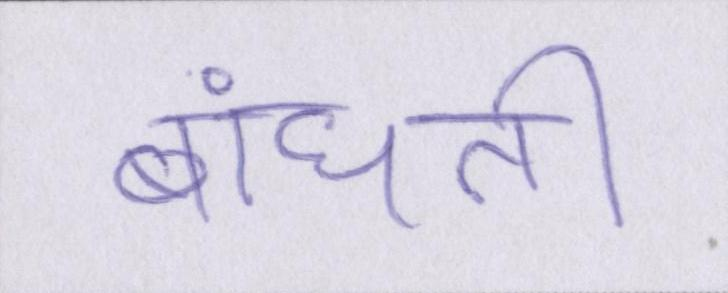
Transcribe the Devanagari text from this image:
बांधती